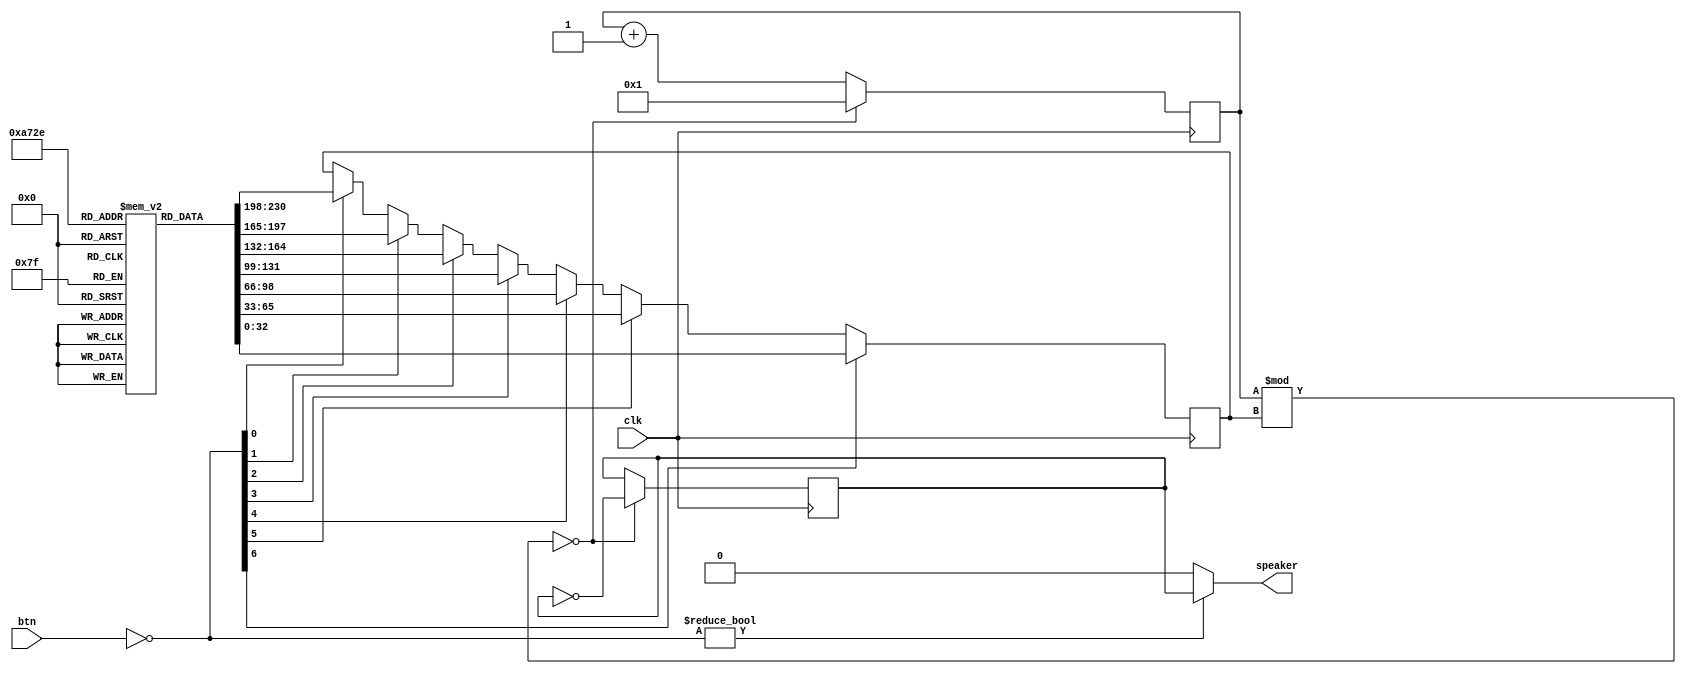
`timescale 1ns / 1ps

module synthesizer(
        input [7:0] btn,
        input clk,
        output speaker
);

reg [31:0] cnt = 0;
reg [32:0] friq = 0;
reg [32:0] friqs [0:6];
reg speaker_signal = 1'b0;

wire [7:0] btn_signal;
assign btn_signal = ~btn;

assign speaker = btn_signal ? speaker_signal : 0;

always @(posedge clk) begin
    if (cnt % friq == 0) begin
        cnt <= 1;
        speaker_signal <= !speaker_signal;
    end else begin
        cnt <= cnt + 1;
    end
end

reg [2:0] i;
always @(posedge clk) begin
    for (i = 0; i < 7; i = i + 1) begin
        if (btn_signal[i]) begin
            friq <= friqs[i];
        end
    end
end

initial begin
    friqs[0] = 32'b00000000000000000000000000100100; // 11472
    friqs[1] = 32'b00000000000000000000000000100001; // 10221
    friqs[2] = 32'b00000000000000000000000000011110; // 9101
    friqs[3] = 32'b00000000000000000000000000011011; // 8595
    friqs[4] = 32'b00000000000000000000000000010110; // 7653
    friqs[5] = 32'b00000000000000000000000000011000; // 6976
    friqs[6] = 32'b00000000000000000000000000010011; // 6075
end

endmodule